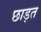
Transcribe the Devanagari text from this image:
छाड़त